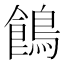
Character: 𪂾